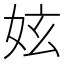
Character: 妶